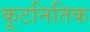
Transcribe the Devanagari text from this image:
कूटनितिक